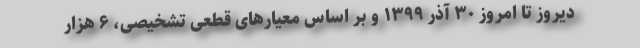
دیروز تا امروز ۳۰ آذر ۱۳۹۹ و بر اساس معیارهای قطعی تشخیصی، ۶ هزار